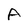
Character: A